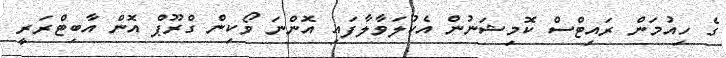
ގެ ހިއުމަން ރައިޓްސް ކޮމިޝަނުން އެކުލަވާލާފައި އޮންނަ ވޯކިން ގްރޫޕް އޮން އާބިޓްރަރީ